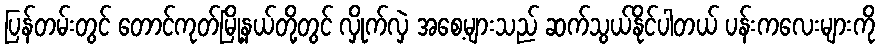
ပြန်တမ်းတွင် တောင်ကုတ်မြို့နယ်တို့တွင် လှိုက်လှဲ အစေ့များသည် ဆက်သွယ်နိုင်ပါတယ် ပန်းကလေးများကို